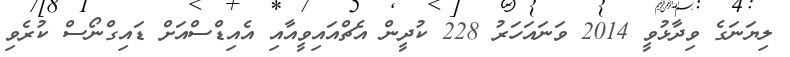
ލިޔަނަގެ ވިދާޅުވީ 2014 ވަނައަހަރު 228 ކުދީން އެޗްއައިވީއާއި އެއިޑްސްއަށް ޑައިގްނޯސް ކުރެވި